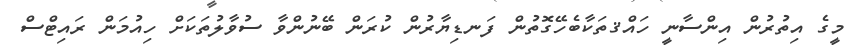
މީގެ އިތުރުން އިންސާނީ ހައްޤތަކާބެހޭގޮތުން ފަނޑިޔާރުން ކުރަން ބޭނުންވާ ސުވާލުތަކަށް ހިއުމަން ރައިޓްސް